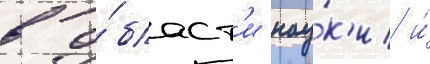
в о́бласт'и нау́к'и и́